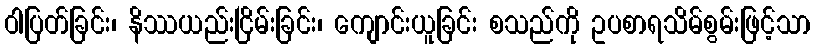
ဝါပြတ်ခြင်း၊ နိဿယည်းငြိမ်းခြင်း၊ ကျောင်းယူခြင်း စသည်ကို ဥပစာရသိမ်စွမ်းဖြင့်သာ